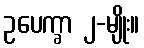
ဥပေက္ခာ ၂-မျိုး။